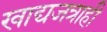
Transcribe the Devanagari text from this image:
खाद्यजत्राही